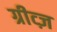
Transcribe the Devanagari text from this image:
ग्रीव्ज़